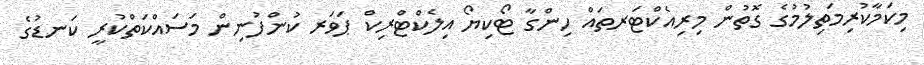
މިކަމާކުރިމަތިލުމުގެ ގޮތުން މިރިއެކްޓަރތައް ހިންގާ ޓޯކިޔޯ އިލެކްޓްރިކް ޕަވަރ ކުންފުނިން މަސައްކަތްކުރީ ކަނޑުގެ